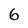
Character: 6